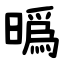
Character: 㬙